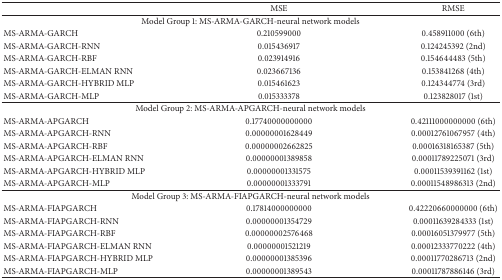
<table><thead><tr><td><b> </b></td><td><b>MSE</b></td><td><b>RMSE</b></td></tr></thead><tbody><tr><td colspan="3">Model Group 1: MS-ARMA-GARCH-neural network models</td></tr><tr><td>MS-ARMA-GARCH</td><td>0.210599000</td><td>0.458911000 (6th)</td></tr><tr><td>MS-ARMA-GARCH-RNN</td><td>0.015436917</td><td>0.124245392 (2nd)</td></tr><tr><td>MS-ARMA-GARCH-RBF</td><td>0.023914916</td><td>0.154644483 (5th)</td></tr><tr><td>MS-ARMA-GARCH-ELMAN RNN</td><td>0.023667136</td><td>0.153841268 (4th)</td></tr><tr><td>MS-ARMA-GARCH-HYBRID MLP</td><td>0.015461623</td><td>0.124344774 (3rd)</td></tr><tr><td>MS-ARMA-GARCH-MLP</td><td>0.015333378</td><td>0.123828017 (1st)</td></tr><tr><td colspan="3">Model Group 2: MS-ARMA-APGARCH-neural network models</td></tr><tr><td>MS-ARMA-APGARCH</td><td>0.17740000000000</td><td>0.42111000000000 (6th)</td></tr><tr><td>MS-ARMA-APGARCH-RNN</td><td>0.00000001628449</td><td>0.00012761067957 (4th)</td></tr><tr><td>MS-ARMA-APGARCH-RBF</td><td>0.00000002662825</td><td>0.00016318165387 (5th)</td></tr><tr><td>MS-ARMA-APGARCH-ELMAN RNN</td><td>0.00000001389858</td><td>0.00011789225071 (3rd)</td></tr><tr><td>MS-ARMA-APGARCH-HYBRID MLP</td><td>0.00000001331575</td><td>0.00011539391162 (1st)</td></tr><tr><td>MS-ARMA-APGARCH-MLP</td><td>0.00000001333791</td><td>0.00011548986313 (2nd)</td></tr><tr><td colspan="3">Model Group 3: MS-ARMA-FIAPGARCH-neural network models</td></tr><tr><td>MS-ARMA-FIAPGARCH</td><td>0.17814000000000</td><td>0.42220660000000 (6th)</td></tr><tr><td>MS-ARMA-FIAPGARCH-RNN</td><td>0.00000001354729</td><td>0.00011639284333 (1st)</td></tr><tr><td>MS-ARMA-FIAPGARCH-RBF</td><td>0.00000002576468</td><td>0.00016051379977 (5th)</td></tr><tr><td>MS-ARMA-FIAPGARCH-ELMAN RNN</td><td>0.00000001521219</td><td>0.00012333770222 (4th)</td></tr><tr><td>MS-ARMA-FIAPGARCH-HYBRID MLP</td><td>0.00000001385396</td><td>0.00011770286713 (2nd)</td></tr><tr><td>MS-ARMA-FIAPGARCH-MLP</td><td>0.00000001389543</td><td>0.00011787886146 (3rd)</td></tr></tbody></table>